Indian journal of veterinary science and animal husbandry - Volumes 28-29, 1958-1959
Year: 1958
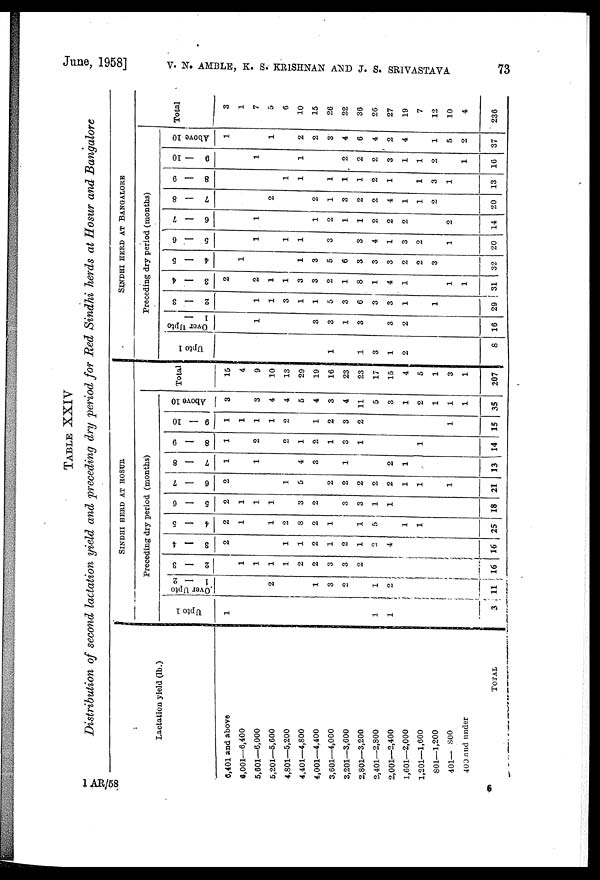
June, 1958] V. N. AMBLE, K. S. KRISHNAN AND J. S. SRIVASTAVA 73
TABLE XXIV
Distribution of second lactation yield and preceding dry period for Red Sindhi herds at Hosur and Bangalore
Lactation yield (lb.)
6,401 and above
6,001—6,400
5,601—6,000
5,201—5,600
4,801—5,200
4,401—4,800
4,001—4,400
3,601—4,000
3,201—3,600
2,801—3,200
2,401—2,800
2,001—2,400
1,601—2,000
1,201—1,600
801—1,200
401— 800
400 and under
TOTAL
SINDHI HERD AT HOSUR
Preceding dry period (months)
Upto 1
1
1
1
3
Over Upto
1 — 2
2
1
3
2
1
2
11
2 — 3
1
1
1
1
2
2
3
3
2
16
3 — 4
2
1
1
2
1
2
1
2
4
16
4 — 5
2
1
1
2
8
2
1
1
5
1
1
25
5 — 6
2
1
1
1
3
2
3
3
1
1
18
6 — 7
2
1
5
2
2
2
2
2
1
1
1
21
7 — 8
1
1
4
3
1
2
1
13
8 — 9
1
2
2
1
2
1
3
1
1
14
9 — 10
1
1
1
1
2
1
2
3
2
1
15
Above 10
3
3
4
4
5
4
3
4
11
5
3
1
2
1
1
1
35
Total
15
4
9
10
13
29
19
16
23
23
17
15
4
5
1
3
1
207
SINDHI HERD AT BANGALORE
Preceding dry period (months)
Upto 1
1
1
3
2
8
Over Upto
1 —
1
3
3
1
3
3
2
16
2 — 3
1
1
3
1
1
5
3
6
3
3
1
1
29
3 — 4
2
2
1
1
3
3
2
1
8
1
4
1
1
1
31
4 — 5
1
1
3
5
6
3
3
3
2
2
3
32
5 — 6
1
1
1
3
3
4
1
3
2
1
20
6 — 7
1
1
2
1
1
2
2
2
2
14
7 — 8
2
2
1
3
2
2
4
1
1
2
20
8 — 9
1
1
1
1
1
2
1
1
3
1
13
9 — 10
1
1
2
2
2
3
1
1
2
1
16
Above 10
1
1
2
2
3
4
6
4
2
4
1
5
2
37
Total
3
1
7
5
6
10
15
26
22
36
26
27
19
7
12
10
4
236
1 AR/58
6